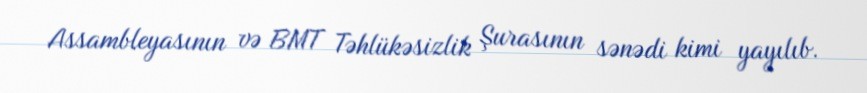
Assambleyasının və BMT Təhlükəsizlik Şurasının sənədi kimi yayılıb.